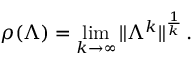
\rho ( \Lambda ) = \operatorname* { l i m } _ { k \rightarrow \infty } \| \Lambda ^ { k } \| ^ { \frac { 1 } { k } } \, .